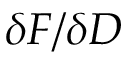
\delta F / \delta D